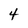
Character: 4